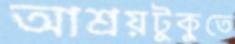
আশ্রয়টুকুতে